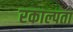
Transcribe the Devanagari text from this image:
रकाल्पता